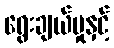
ရွေးချယ်မှုနှင့်